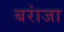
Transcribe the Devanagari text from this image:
बरांजा